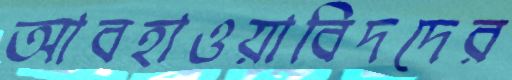
আবহাওয়াবিদদের